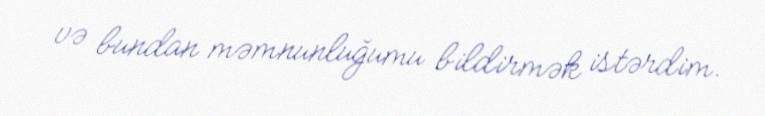
və bundan məmnunluğumu bildirmək istərdim.